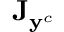
\mathbf { J } _ { \mathbf { y } ^ { c } }